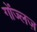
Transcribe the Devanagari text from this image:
गोंज्लज़